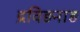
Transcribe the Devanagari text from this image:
द्रविड़नाड़